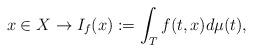
LaTeX: \begin{align*}\displaystyle x\in X \to I_f(x):=\int_Tf(t,x) d\mu(t),\end{align*}